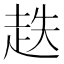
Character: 趃